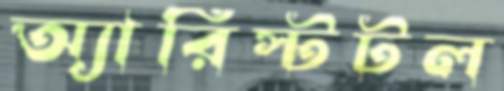
অ্যারিস্টটল